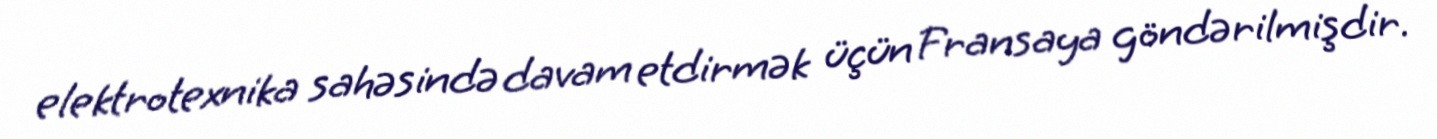
elektrotexnika sahəsində davam etdirmək üçün Fransaya göndərilmişdir.